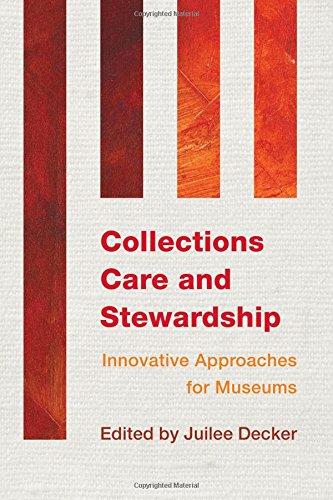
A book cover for Collections Care and Stewardship: Innovative Approaches for Museums; Business & Money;